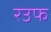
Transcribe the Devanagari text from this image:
रउफ